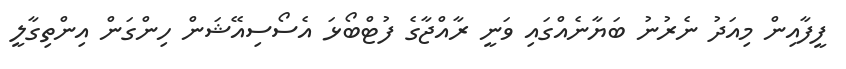
ފީފާއިން މިއަދު ނެރުނު ބަޔާނެއްގައި ވަނީ ރާއްޖާގެ ފުޓްބޯޅަ އެސޯސިއޭޝަން ހިންގަން އިންތިގާލީ